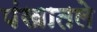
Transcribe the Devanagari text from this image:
पंखातले